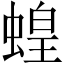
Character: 蝗